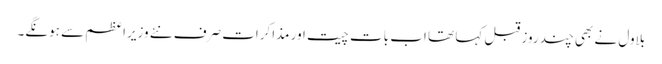
بلاول نے بھی چند روز قبل کہا تھا اب بات چیت اور مذاکرات صرف نئے وزیراعظم سے ہونگے۔